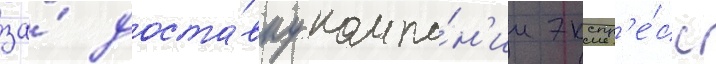
за́ доста́вку компа́н'ии экспр'е́сс